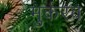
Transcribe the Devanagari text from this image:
मुर्करव